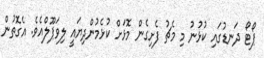
ޕޯޓޯ ދަނޑުގައި ކުޅުނު މި މެޗު ފެށިގެން މޮޅަށް ކުޅެމުންދިޔައީ ލިވަޕޫލްއެވެ. އެގޮތުން